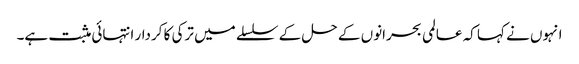
انہوں نے کہا کہ عالمی بحرانوں کے حل کے سلسلے میں ترکی کا کردار انتہائی مثبت ہے۔